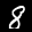
Label: 8